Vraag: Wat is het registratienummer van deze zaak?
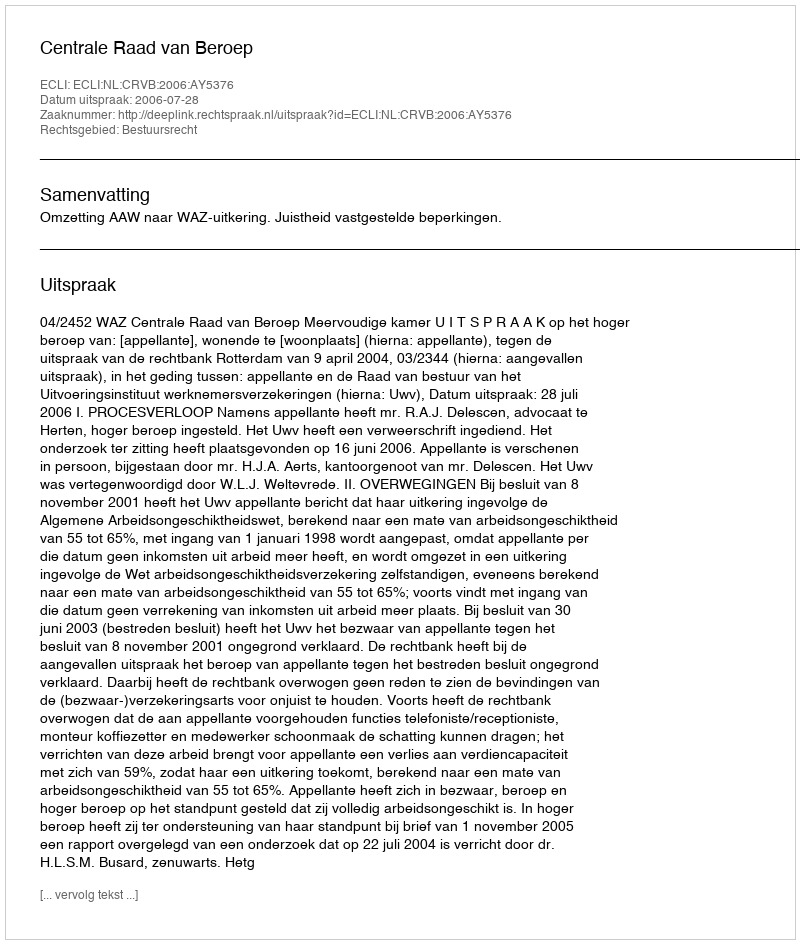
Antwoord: http://deeplink.rechtspraak.nl/uitspraak?id=ECLI:NL:CRVB:2006:AY5376